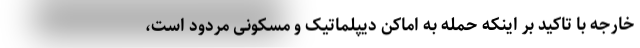
خارجه با تاکید بر اینکه حمله به اماکن دیپلماتیک و مسکونی مردود است،